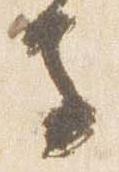
寺